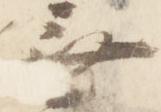
無